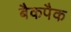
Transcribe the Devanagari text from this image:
बैकपैक